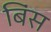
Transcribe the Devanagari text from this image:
बिंस